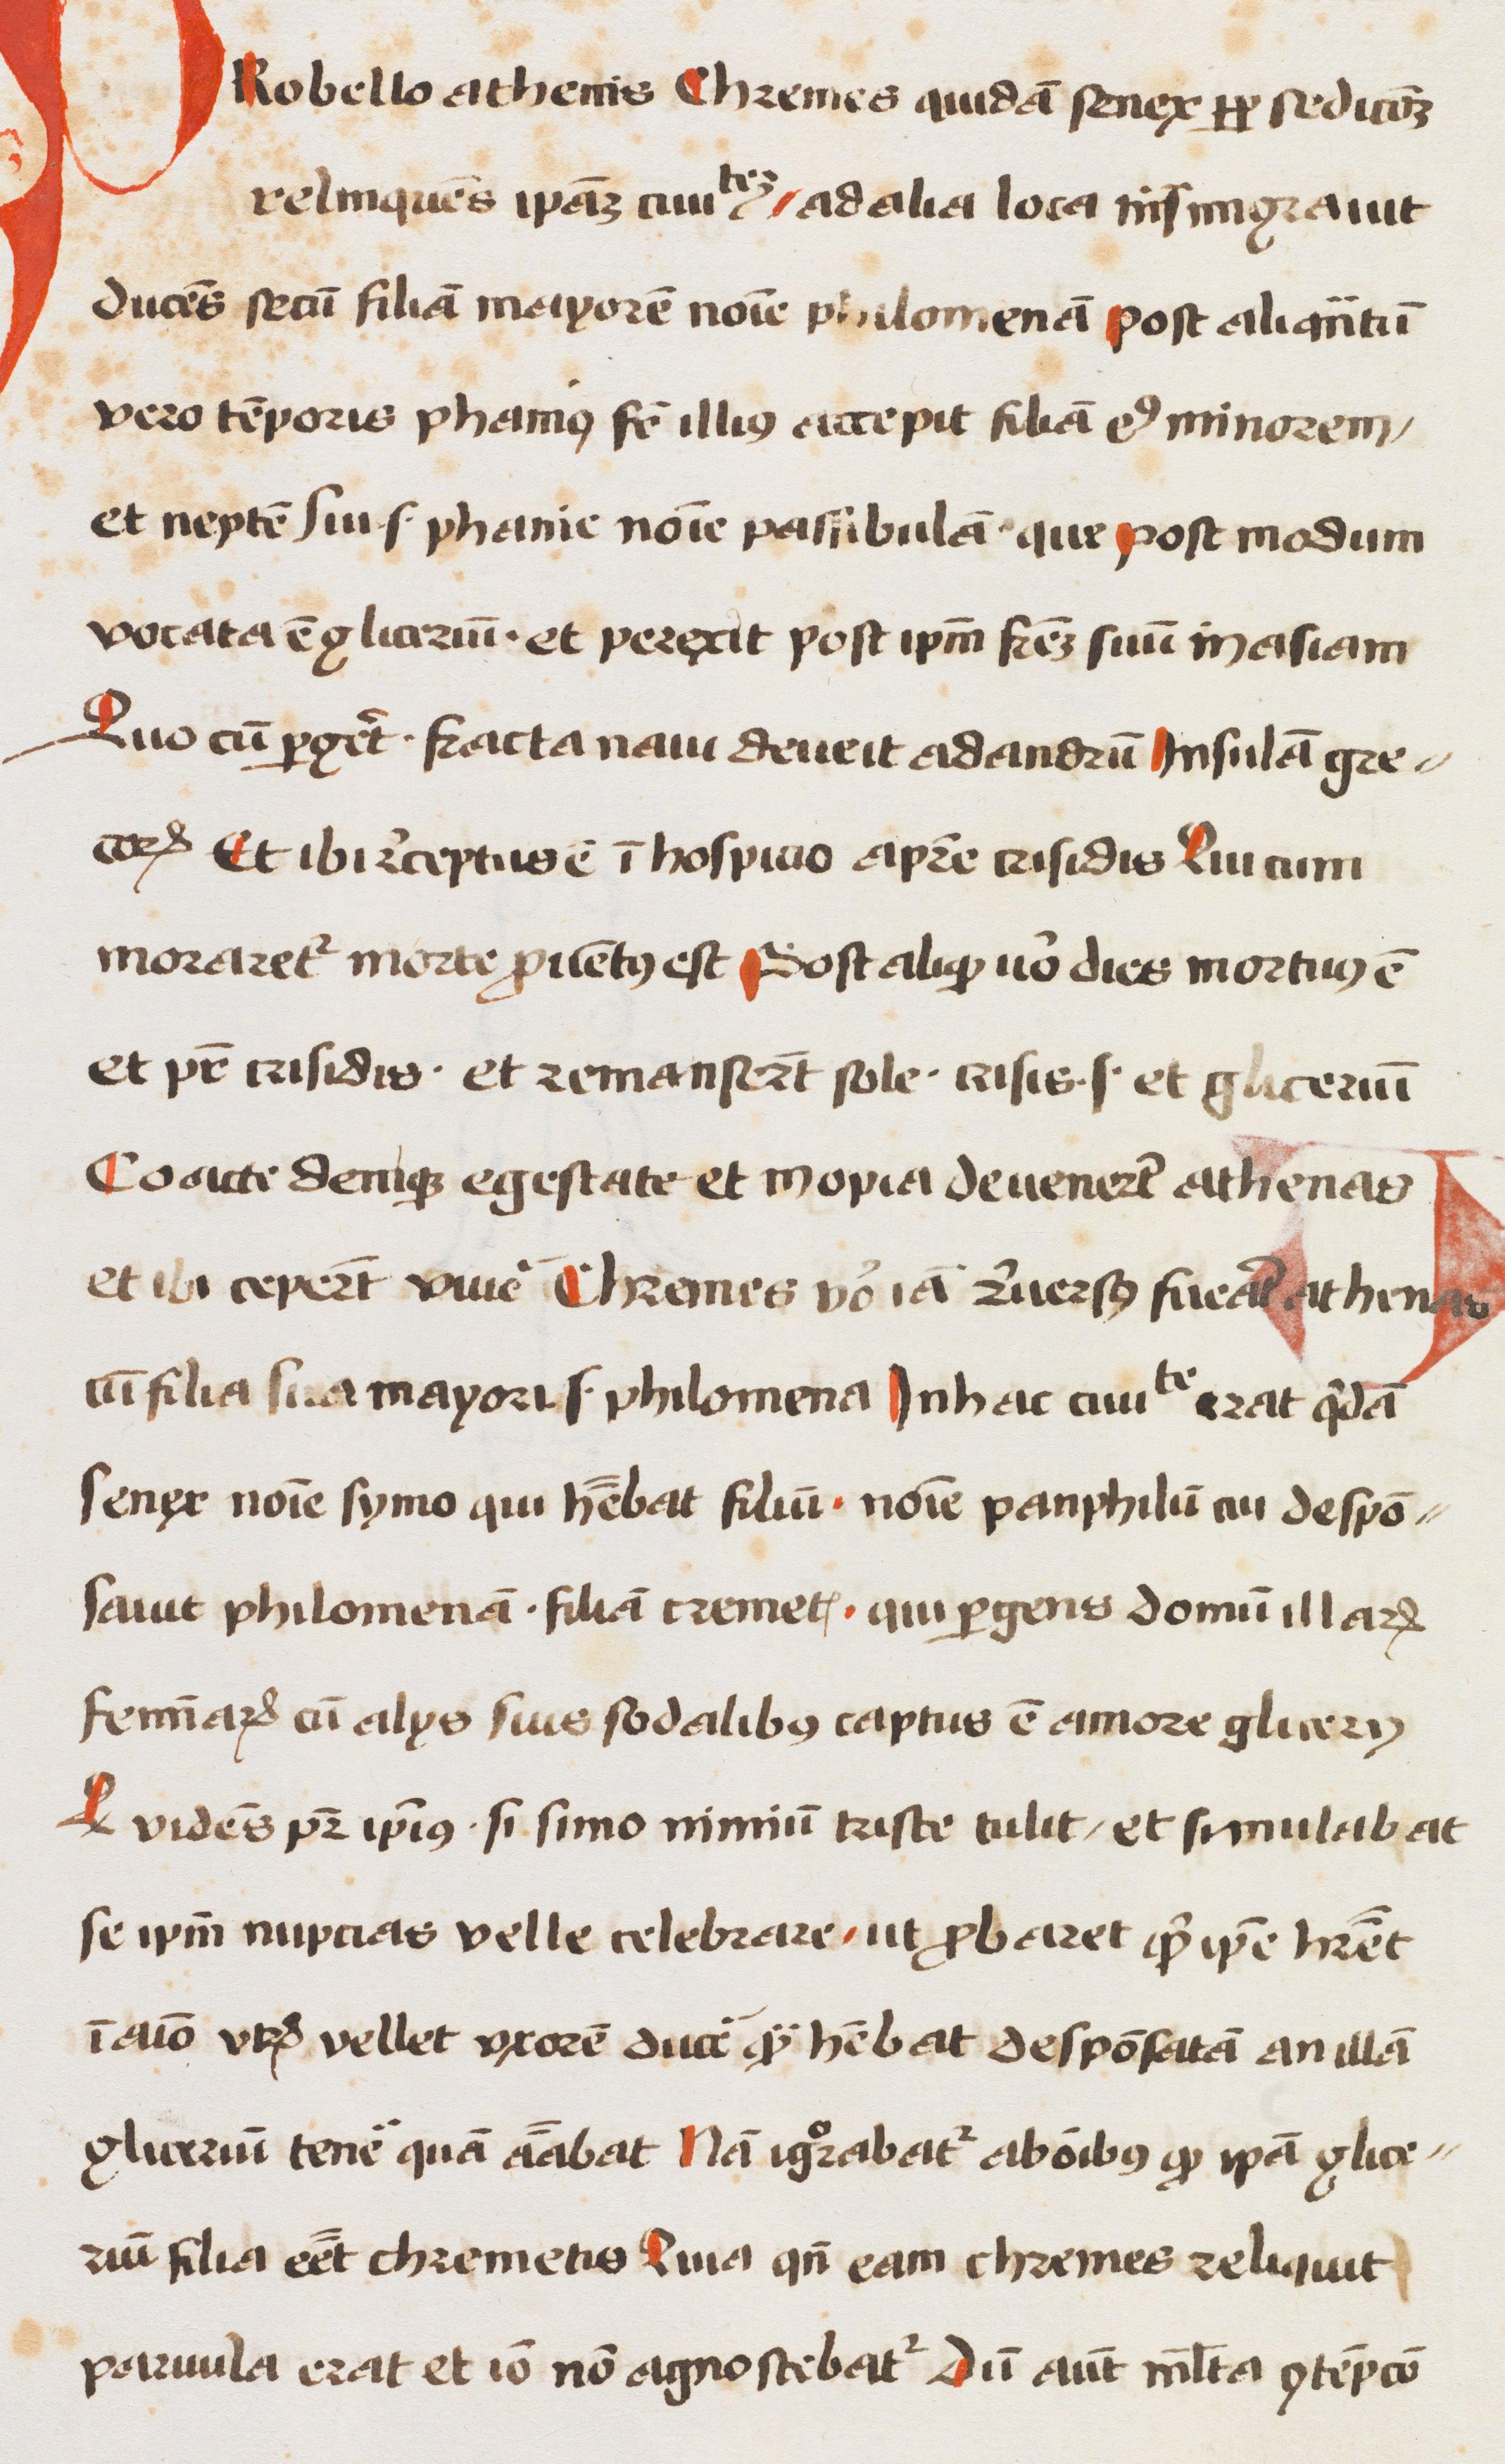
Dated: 1472–1477